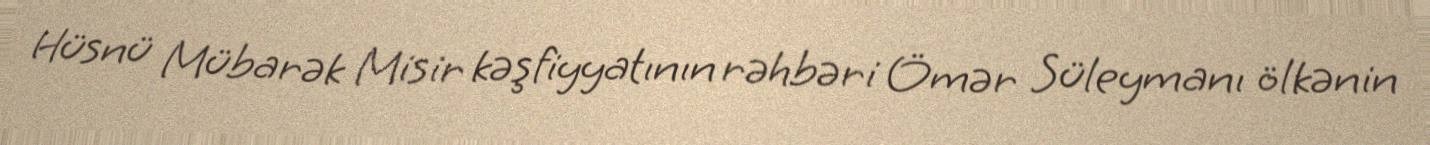
Hüsnü Mübarək Misir kəşfiyyatının rəhbəri Ömər Süleymanı ölkənin